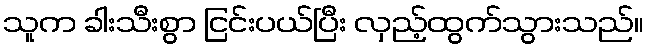
သူက ခါးသီးစွာ ငြင်းပယ်ပြီး လှည့်ထွက်သွားသည်။